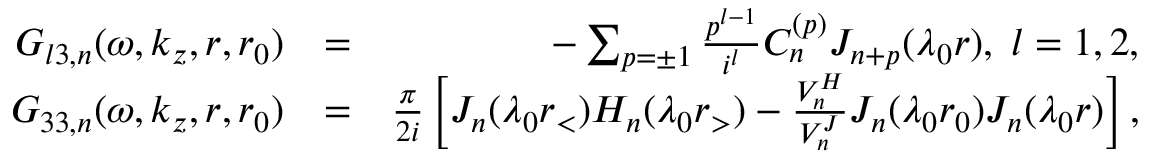
\begin{array} { r l r } { G _ { l 3 , n } ( \omega , k _ { z } , r , r _ { 0 } ) } & { = } & { - \sum _ { p = \pm 1 } \frac { p ^ { l - 1 } } { i ^ { l } } C _ { n } ^ { ( p ) } J _ { n + p } ( \lambda _ { 0 } r ) , \; l = 1 , 2 , } \\ { G _ { 3 3 , n } ( \omega , k _ { z } , r , r _ { 0 } ) } & { = } & { \frac { \pi } { 2 i } \left[ J _ { n } ( \lambda _ { 0 } r _ { < } ) H _ { n } ( \lambda _ { 0 } r _ { > } ) - \frac { V _ { n } ^ { H } } { V _ { n } ^ { J } } J _ { n } ( \lambda _ { 0 } r _ { 0 } ) J _ { n } ( \lambda _ { 0 } r ) \right] , } \end{array}